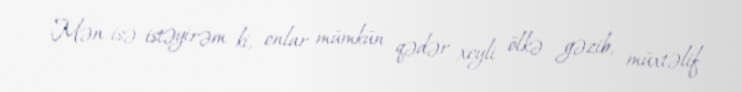
Mən isə istəyirəm ki, onlar mümkün qədər xeyli ölkə gəzib, müxtəlif